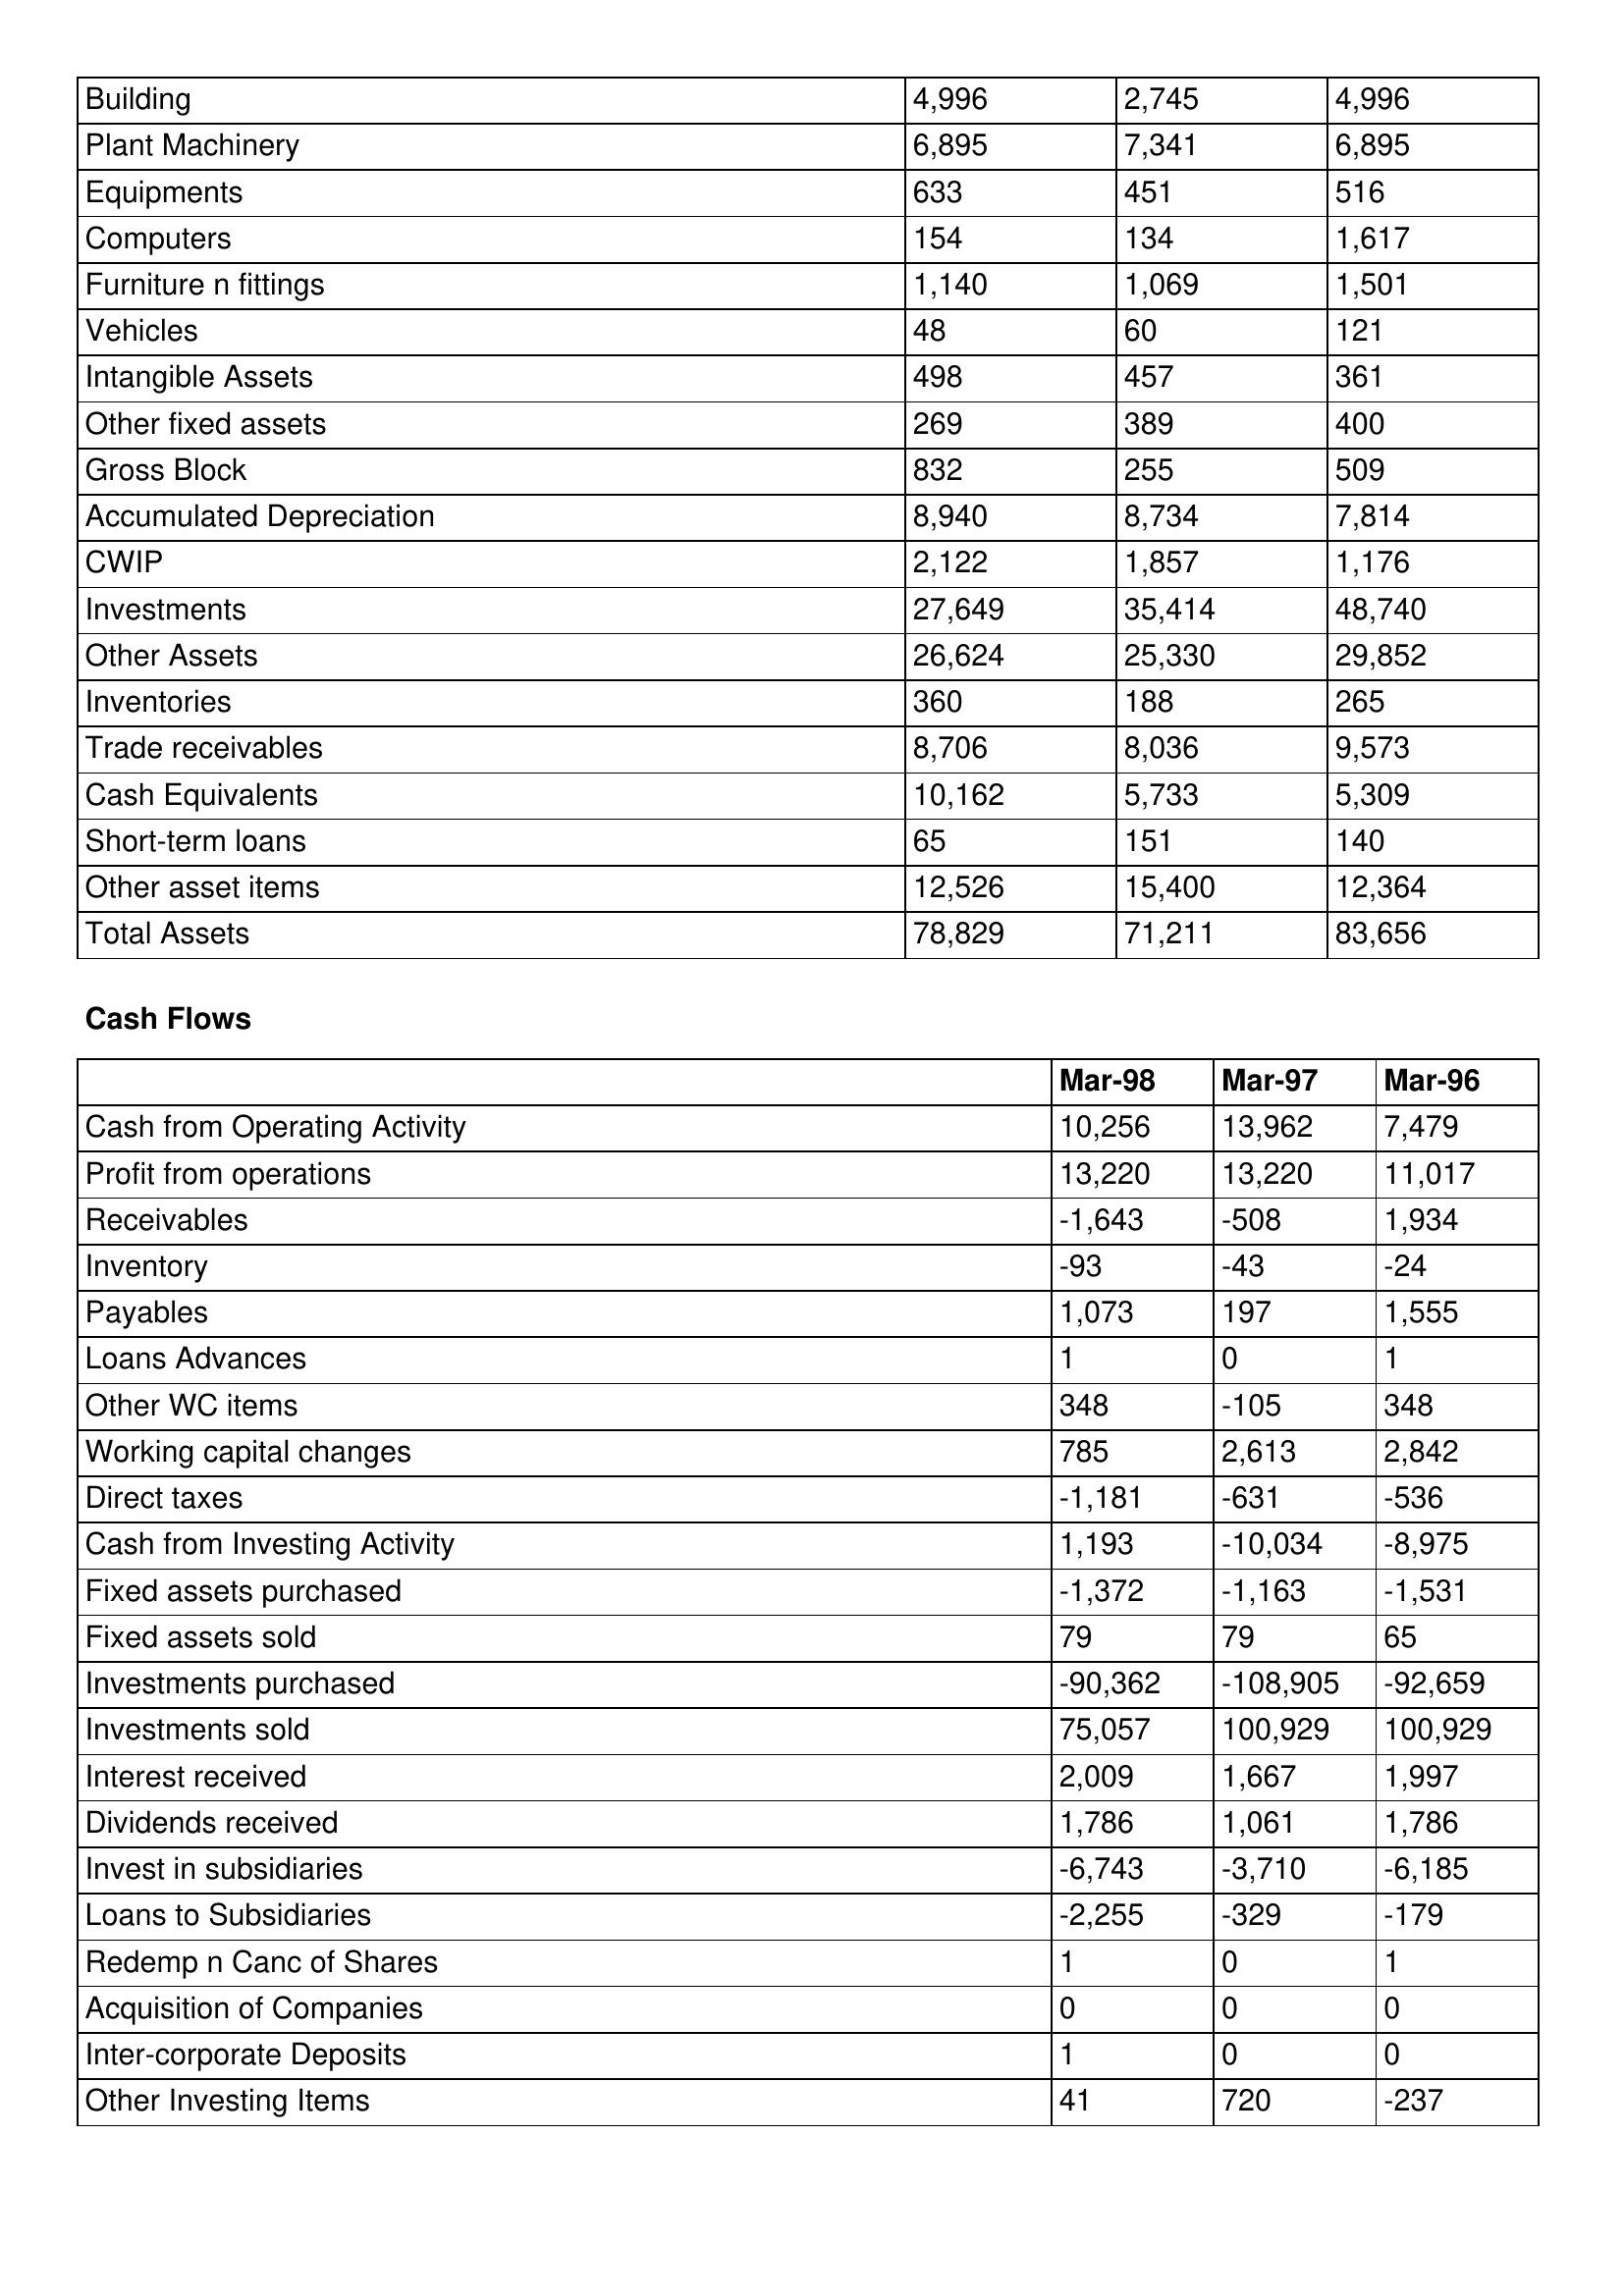
gt_parse: Mar-98: Balance Sheet: Building: 4,996
Plant Machinery: 6,895
Equipments: 633
Computers: 154
Furniture n fittings: 1,140
Vehicles: 48
Intangible Assets: 498
Other fixed assets: 269
Gross Block: 832
Accumulated Depreciation: 8,940
CWIP: 2,122
Investments: 27,649
Other Assets: 26,624
Inventories: 360
Trade receivables: 8,706
Cash Equivalents: 10,162
Short-term loans: 65
Other asset items: 12,526
Total Assets: 78,829
Cash Flows: Cash from Operating Activity: 10,256
Profit from operations: 13,220
Receivables: -1,643
Inventory: -93
Payables: 1,073
Loans Advances: 1
Other WC items: 348
Working capital changes: 785
Direct taxes: -1,181
Cash from Investing Activity: 1,193
Fixed assets purchased: -1,372
Fixed assets sold: 79
Investments purchased: -90,362
Investments sold: 75,057
Interest received: 2,009
Dividends received: 1,786
Invest in subsidiaries: -6,743
Loans to Subsidiaries: -2,255
Redemp n Canc of Shares: 1
Acquisition of Companies: 0
Inter-corporate Deposits: 1
Other Investing Items: 41
Mar-97: Balance Sheet: Building: 2,745
Plant Machinery: 7,341
Equipments: 451
Computers: 134
Furniture n fittings: 1,069
Vehicles: 60
Intangible Assets: 457
Other fixed assets: 389
Gross Block: 255
Accumulated Depreciation: 8,734
CWIP: 1,857
Investments: 35,414
Other Assets: 25,330
Inventories: 188
Trade receivables: 8,036
Cash Equivalents: 5,733
Short-term loans: 151
Other asset items: 15,400
Total Assets: 71,211
Cash Flows: Cash from Operating Activity: 13,962
Profit from operations: 13,220
Receivables: -508
Inventory: -43
Payables: 197
Loans Advances: 0
Other WC items: -105
Working capital changes: 2,613
Direct taxes: -631
Cash from Investing Activity: -10,034
Fixed assets purchased: -1,163
Fixed assets sold: 79
Investments purchased: -108,905
Investments sold: 100,929
Interest received: 1,667
Dividends received: 1,061
Invest in subsidiaries: -3,710
Loans to Subsidiaries: -329
Redemp n Canc of Shares: 0
Acquisition of Companies: 0
Inter-corporate Deposits: 0
Other Investing Items: 720
Mar-96: Balance Sheet: Building: 4,996
Plant Machinery: 6,895
Equipments: 516
Computers: 1,617
Furniture n fittings: 1,501
Vehicles: 121
Intangible Assets: 361
Other fixed assets: 400
Gross Block: 509
Accumulated Depreciation: 7,814
CWIP: 1,176
Investments: 48,740
Other Assets: 29,852
Inventories: 265
Trade receivables: 9,573
Cash Equivalents: 5,309
Short-term loans: 140
Other asset items: 12,364
Total Assets: 83,656
Cash Flows: Cash from Operating Activity: 7,479
Profit from operations: 11,017
Receivables: 1,934
Inventory: -24
Payables: 1,555
Loans Advances: 1
Other WC items: 348
Working capital changes: 2,842
Direct taxes: -536
Cash from Investing Activity: -8,975
Fixed assets purchased: -1,531
Fixed assets sold: 65
Investments purchased: -92,659
Investments sold: 100,929
Interest received: 1,997
Dividends received: 1,786
Invest in subsidiaries: -6,185
Loans to Subsidiaries: -179
Redemp n Canc of Shares: 1
Acquisition of Companies: 0
Inter-corporate Deposits: 0
Other Investing Items: -237